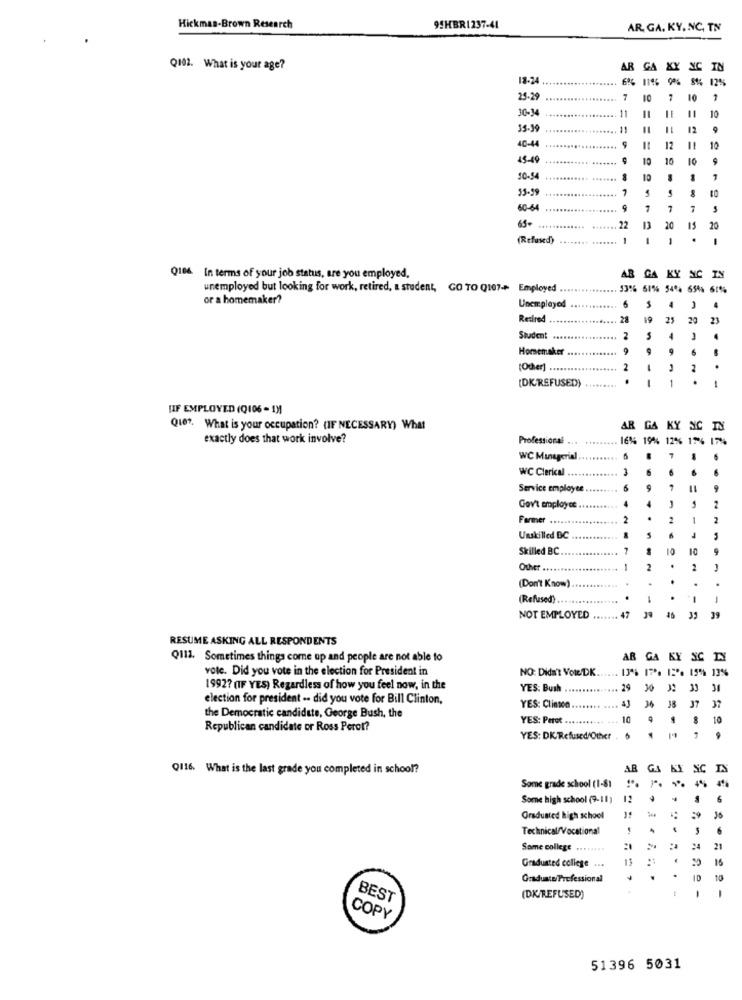
Hickman.Brown Research
9!HBR1237-41
AR GA. KY. NC, TN
Q102. What is your age?
AR GA XX NC IN
18-24
8% 12%
25-25
7
10
7
10
1
11
10
35-39
11
-
12
40-44
9
12
11
10
15-49
10
10
10
10-54
10
35-19
1
60-6
9
7
7
65+
22
20
15
(Refused)
-
1
Q106. In terms of your job status, are you employed,
AR GA KY NC IN
unemployed but looking for work, retired, a student, GO TO Q107-> Employed .
13% 61% 54% 65% 61%
or a homemaker?
Unemplayed
6
4
0 4
Retired
28
19
25
20
23
Student
2
4
Homemake
9
9
6
(Other] ........
2
-
1
.
1
(DK/REFUSED)
HIF EMPLOYED (Q106 - 1)
Q167. What is your occupation? (IF NECESSARY) What
AR GA KY NIC IN
exactly does that work involve?
Professional .
16% 19% 12% 176 17%
WC Manageria
7
WC Clerical
3
Service employer
-
4
4
Gov't employee
-
2
Farmer ....
2
.
2
1
2
Unskilled BC
Skilled BC.
10
Other .........
1
2
.
2
.
.
.
.
(Don't Know')
(Refused).
.
1
.
-
1
NOT EMPLOYED
39
RESUME ASKING ALL RESPONDENTS
Q111. Sometimes things come up and people are not able to
AB
GA
KY SC IN
vote. Did you vote in the election for President in
NO: Didn't Vote/DK.
17. 12. 15% 13%
1992? (IF YES) Regardless of how you feel now, in the
YES: Bush .....
29
33 34
election for president .. did you vote for Bill Clinton,
36
YES: Clinton
37 37
the Democratic candidate, George Bush, the
YES: Perot ....
9
10
Republican candidate or Ross Perot?
YES: DK/Refused/Other .
Q116. What is the last grade you completed in school?
AR
G.A
SC
4%
Some grade school (1-81
Some high school (9-11)
12
Graduated high school
59
35
Technical/Vocational
6
Some college .......!
24
21
.
16
Graduated college ...
Graduate/ Professional
.
.
10
10
1
1
BEST
(DK/REFUSED)
COPY
51396 5031